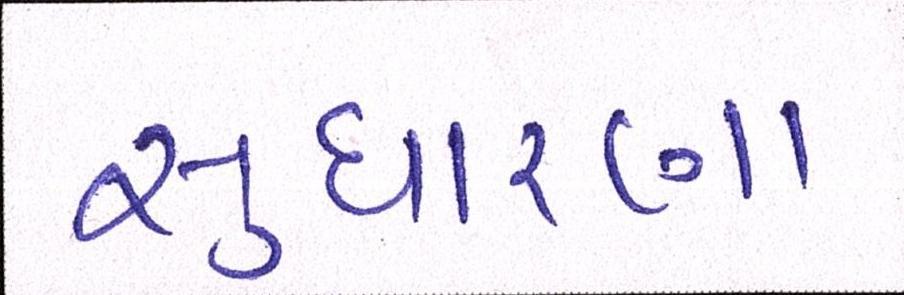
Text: સુધારણા